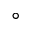
\circ